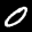
Label: 0